画像に写った文字を読んでください
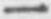
「一」と書いてあります